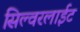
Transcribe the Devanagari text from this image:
सिल्वरलाईट